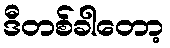
ဒီတစ်ခါတော့